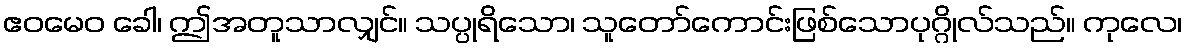
ဧဝမေဝ ခေါ၊ ဤအတူသာလျှင်။ သပ္ပုရိသော၊ သူတော်ကောင်းဖြစ်သောပုဂ္ဂိုလ်သည်။ ကုလေ၊